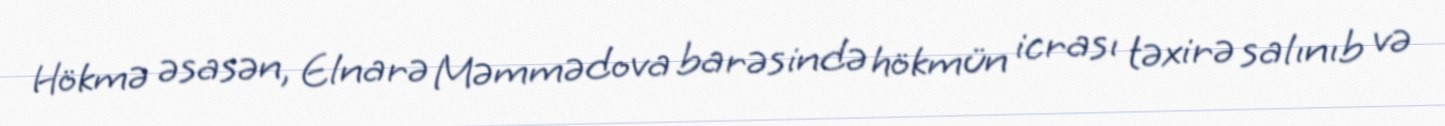
Hökmə əsasən, Elnarə Məmmədova barəsində hökmün icrası təxirə salınıb və